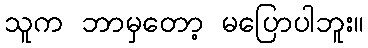
သူက ဘာမှတော့ မပြောပါဘူး။